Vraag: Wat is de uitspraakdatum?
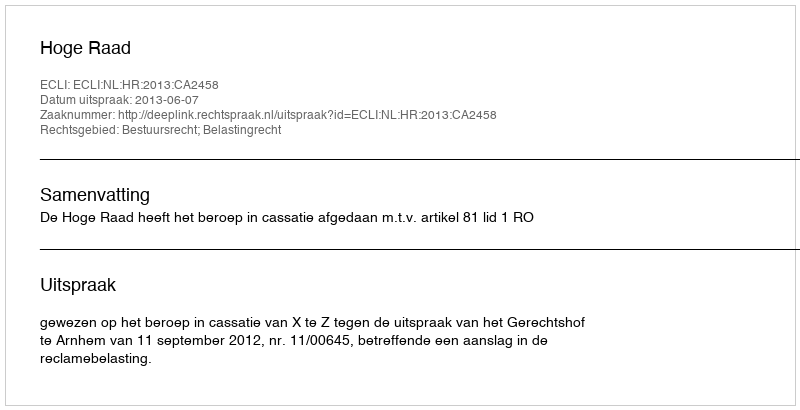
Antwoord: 2013-06-07